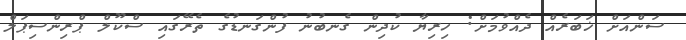
ސަންއަށް ޚަބަރެއް ދެއްވުމަށް: ހިރިޔާ ކުދިން ގެނބުނު ފުންގަނޑުގެ ތެރޭގައި ސްކޫލް ޕްރިންސިޕަލް